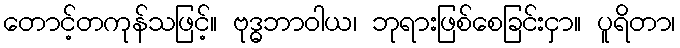
တောင့်တကုန်သဖြင့်။ ဗုဒ္ဓဘာဝါယ၊ ဘုရားဖြစ်စေခြင်းငှာ။ ပူရိတာ၊